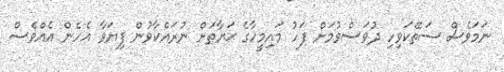
ނަމަވެސް ސަތޭކަވިހި ދުވަސްވުމަށް ފަހު މައިމީހާގެ ޙަޔާތަށް ނުރައްކާވުން ފިޔަވާ އެހެން އެއްވެސް